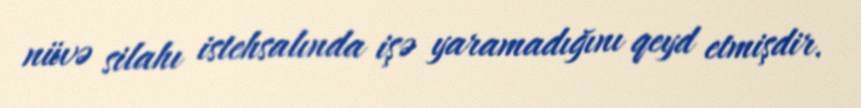
nüvə silahı istehsalında işə yaramadığını qeyd etmişdir.